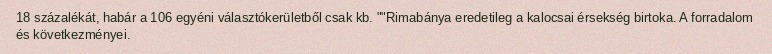
18 százalékát, habár a 106 egyéni választókerületből csak kb. ""Rimabánya eredetileg a kalocsai érsekség birtoka. A forradalom és következményei.